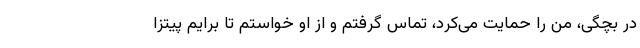
در بچگی، من را حمایت می‌کرد، تماس گرفتم و از او خواستم تا برایم پیتزا